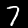
Digit: 7